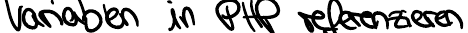
Variablen in PHP referenzieren